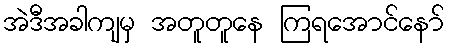
အဲဒီအခါကျမှ အတူတူနေ ကြရအောင်နော်